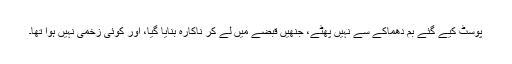
پوسٹ کیے گئے بم دھماکے سے نہیں پھٹے، جنھیں قبضے میں لے کر ناکارہ بنایا گیا، اور کوئی زخمی نہیں ہوا تھا۔